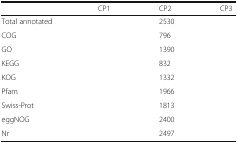
<table><thead><tr><td>[EMPTY_CELL]</td><td><b>CP1</b></td><td><b>CP2</b></td><td><b>CP3</b></td></tr></thead><tbody><tr><td>Total annotated</td><td>[EMPTY_CELL]</td><td>2530</td><td>[EMPTY_CELL]</td></tr><tr><td>COG</td><td>[EMPTY_CELL]</td><td>796</td><td>[EMPTY_CELL]</td></tr><tr><td>GO</td><td>[EMPTY_CELL]</td><td>1390</td><td>[EMPTY_CELL]</td></tr><tr><td>KEGG</td><td>[EMPTY_CELL]</td><td>832</td><td>[EMPTY_CELL]</td></tr><tr><td>KOG</td><td>[EMPTY_CELL]</td><td>1332</td><td>[EMPTY_CELL]</td></tr><tr><td>Pfam</td><td>[EMPTY_CELL]</td><td>1966</td><td>[EMPTY_CELL]</td></tr><tr><td>Swiss-Prot</td><td>[EMPTY_CELL]</td><td>1813</td><td>[EMPTY_CELL]</td></tr><tr><td>eggNOG</td><td>[EMPTY_CELL]</td><td>2400</td><td>[EMPTY_CELL]</td></tr><tr><td>Nr</td><td>[EMPTY_CELL]</td><td>2497</td><td>[EMPTY_CELL]</td></tr></tbody></table>